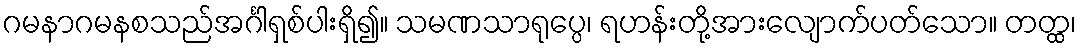
ဂမနာဂမနစသည်အင်္ဂါရှစ်ပါးရှိ၍။ သမဏသာရုပ္ပေ၊ ရဟန်းတို့အားလျောက်ပတ်သော။ တတ္ထ၊